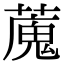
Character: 䕇